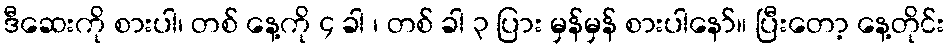
ဒီဆေးကို စားပါ၊ တစ် နေ့ကို ၄ ခါ ၊ တစ် ခါ ၃ ပြား မှန်မှန် စားပါနော်။ ပြီးတော့ နေ့တိုင်း